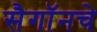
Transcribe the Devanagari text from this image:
सैगॉनचे